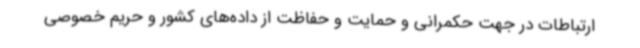
ارتباطات در جهت حکمرانی و حمایت و حفاظت از داده‌های کشور و حریم خصوصی